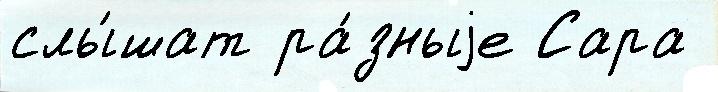
слы́шат ра́зныjе Сара